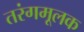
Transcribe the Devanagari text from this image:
तरंगमूलक